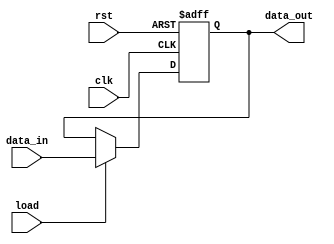
module reg_unit #(parameter ff_sz=8)
	(	output reg[ff_sz-1:0] data_out,
		input [ff_sz-1:0] data_in,
		input load,
		input clk, rst);
	always @(posedge clk or negedge rst)
		if (~rst)
			data_out <= 0;
		else if (load)
			data_out <= data_in;
endmodule